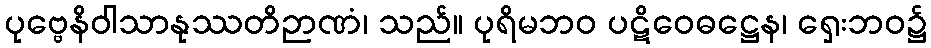
ပုဗ္ဗေနိဝါသာနုဿတိဉာဏံ၊ သည်။ ပုရိမဘဝ ပဋိဝေဓဋ္ဌေန၊ ရှေးဘဝ၌